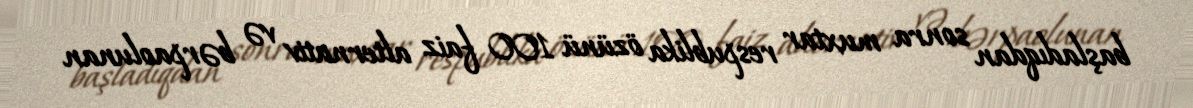
başladıqdan sonra muxtar respublika özünü 100 faiz alternativ və bərpaolunan